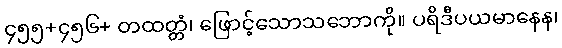
၄၅၅+၄၅၆+ တထတ္တံ၊ ဖြောင့်သောသဘောကို။ ပရိဒီပယမာနေန၊